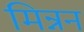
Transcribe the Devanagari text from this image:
मिन्नन